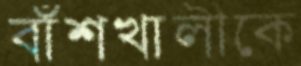
বাঁশখালীকে